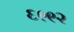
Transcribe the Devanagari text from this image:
६९९२